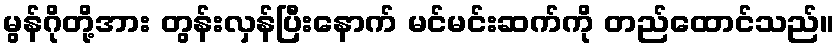
မွန်ဂိုတို့အား တွန်းလှန်ပြီးနောက် မင်မင်းဆက်ကို တည်ထောင်သည်။